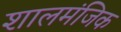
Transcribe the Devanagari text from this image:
शालमंजिक